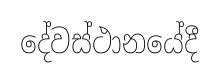
දේවස්ථානයේදී